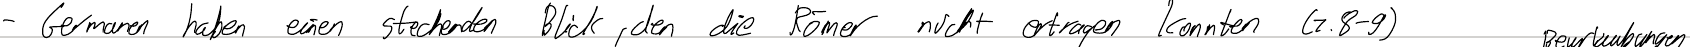
- Germanen haben einen stechenden Blick, den die Römer nicht ertragen konnten (Z.8-9)